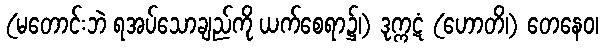
(မတောင်းဘဲ ရအပ်သောချည်ကို ယက်စေရာ၌၊) ဒုက္ကဋံ (ဟောတိ၊) တေနေဝ၊